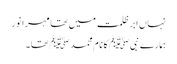
نہاں ابرِ ظلمت میں تھا مہرِا نور
ہمارے نبی ﷺ کا نام محمد ﷺ تھا ۔